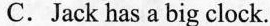
C.Jack has a big clock.